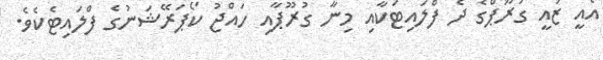
އެއީ ޒައީ ގުރޫޕްގެ ދެ ފްލައިޓަކާއި މިނާ ގުރޫޕާއި ހައްޖު ކޯޕަރޭޝަނުގެ ފްލައިޓެކެވެ.